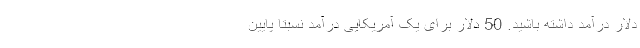
دلار درآمد داشته باشید. 50 دلار برای یک آمریکایی درآمد نسبتا پایین